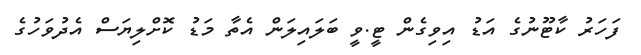
ފަހަރު ކާޓޫނުގެ އަޑު އިވިގެން ޓީ.ވީ ބަލައިލަން އެތާ މަޑު ކޮށްލިޔަސް އެދުވަހުގެ